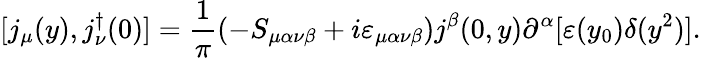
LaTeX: [j_{\mu}(y),j_{\nu}^{\dagger}(0)]=\frac{1}{\pi}(-S_{\mu\alpha\nu\beta}+i\varepsilon_{\mu\alpha\nu\beta})j^{\beta}(0,y)\partial^{\alpha}[\varepsilon(y_{0})\delta(y^{2})].